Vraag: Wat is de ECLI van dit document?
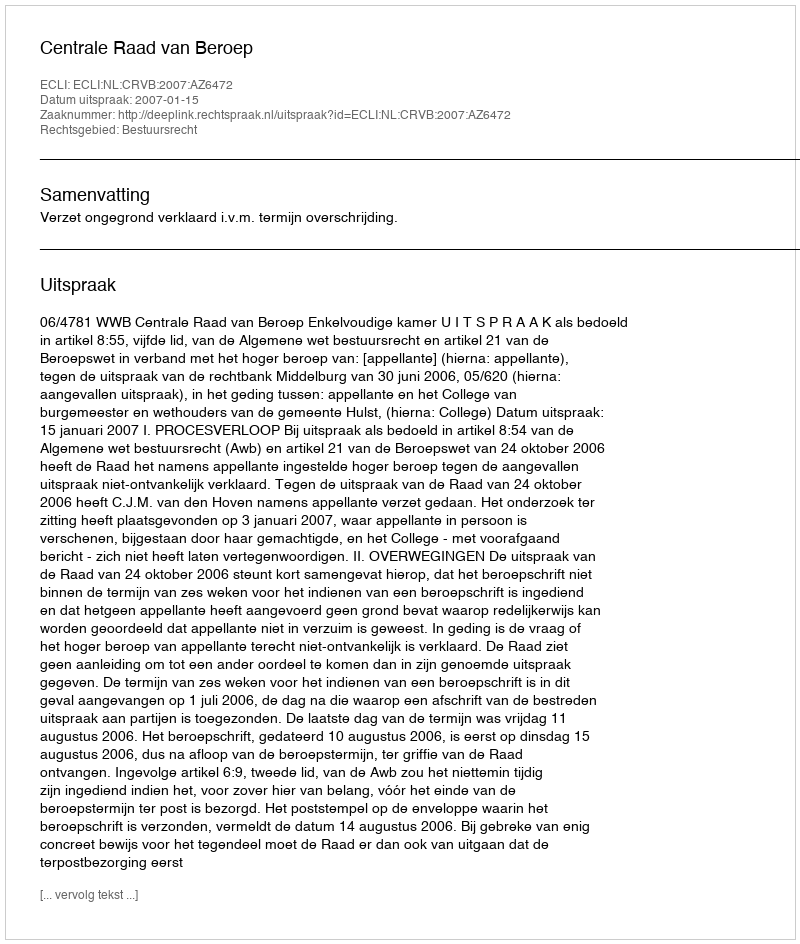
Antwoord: ECLI:NL:CRVB:2007:AZ6472